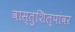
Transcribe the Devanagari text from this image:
वास्तुशिल्पांवर